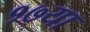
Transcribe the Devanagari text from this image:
१७या